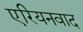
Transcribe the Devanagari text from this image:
एरियनवाद